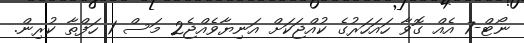
ނޯޓް-7 އެއް ގޮވާ ހައަހަރުގެ ކުއްޖަކަށް އަނިޔާވެއްޖެ2 މަސް 1 ހަފްތާ ކުރިން.